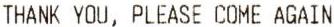
THANK YOU, PLEASE COME AGAIN